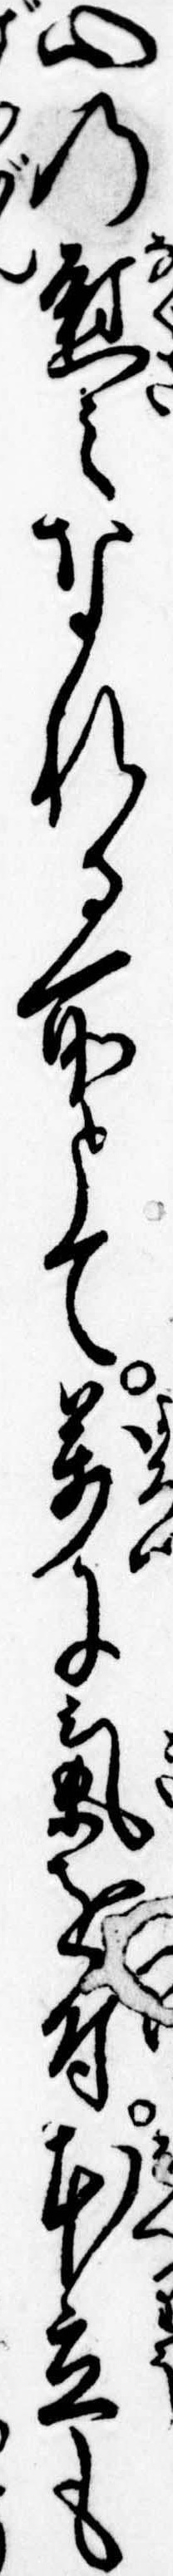
心の慰みなれる所とて万に気を付本立も